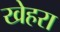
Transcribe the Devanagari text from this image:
खेहरा